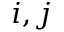
i , j